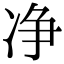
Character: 净